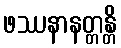
ဖဿနာနတ္တန္တိ